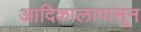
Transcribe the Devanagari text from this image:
आदिकालापासून